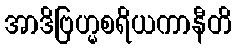
အာဒိဗြဟ္မစရိယကာနီတိ